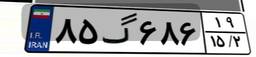
۸۵گ۶۸۶۱۹